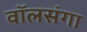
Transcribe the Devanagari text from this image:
वॉलसंगा